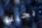
ريجينا